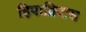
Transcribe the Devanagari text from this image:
हिपाक्रिटस